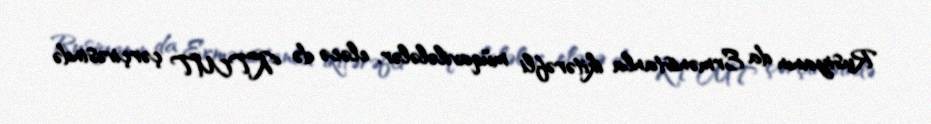
Rusiyanın da Ermənistanla ikitərəfli müqavilələlər, eləcə də KTMT çərçivəsində